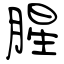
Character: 腥